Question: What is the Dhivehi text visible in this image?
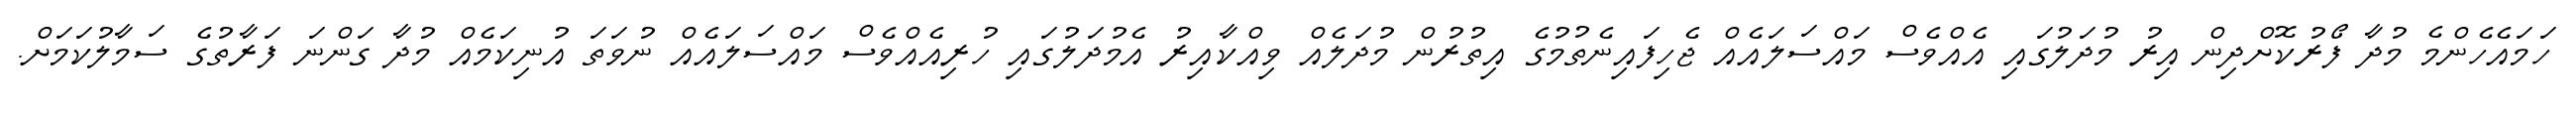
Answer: ހަމައެހެންމެ މުދާ ފޯރުކޮށްދިން އިރު މުދަލުގައި އެއްވެސް މައްސަލައެއް ޖެހިފައިނެތުމުގެ އިތުރުން މުދަލެއް ވިއްކާއިރު އެމުދަލުގައި ހުރިއެއްވެސް މައްސަލައެއް ނުވަތަ އުނިކަމެއް މުދާ ގަންނަ ފަރާތުގެ ސަމާލުކަމަށް.